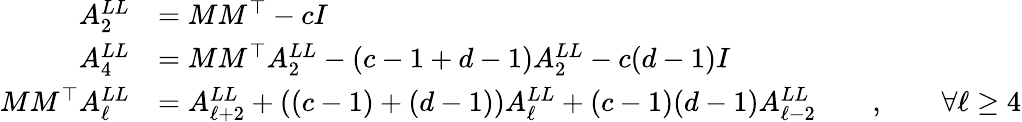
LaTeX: \begin{array}{rl}{A_{2}^{LL}}&{=MM^{\top}-cI}\\ {A_{4}^{LL}}&{=MM^{\top}A_{2}^{LL}-(c-1+d-1)A_{2}^{LL}-c(d-1)I}\\ {MM^{\top}A_{\ell}^{LL}}&{=A_{\ell+2}^{LL}+((c-1)+(d-1))A_{\ell}^{LL}+(c-1)(d-1)A_{\ell-2}^{LL}\qquad,\qquad\forall\ell\geq 4}\end{array}